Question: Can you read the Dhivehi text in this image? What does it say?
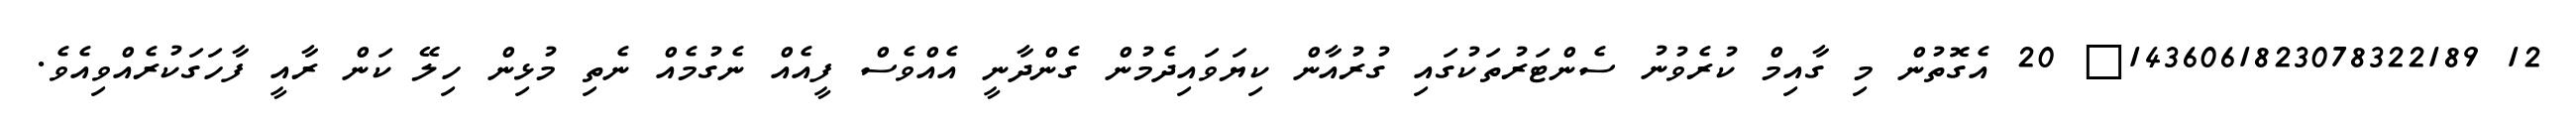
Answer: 12 1436061823078322189? 20 އެގޮތުން މި ގާއިމް ކުރެވުނު ސެންޓަރުތަކުގައި ގުރުއާން ކިޔަވައިދެމުން ގެންދާނީ އެއްވެސް ފީއެއް ނެގުމެއް ނެތި މުޅިން ހިލޭ ކަން ރާއީ ފާހަގަކުރެއްވިއެވެ.